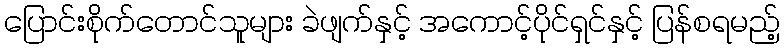
ပြောင်းစိုက်တောင်သူများ ခဲဖျက်နှင့် အကောင့်ပိုင်ရှင်နှင့် ပြန်စရမည့်